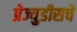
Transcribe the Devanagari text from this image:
प्रेज्युडीसचे